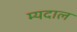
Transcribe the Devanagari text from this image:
म्यदाल